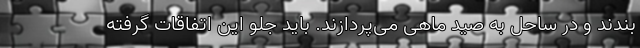
‌بندند و در ساحل به صید ماهی می‌پردازند. باید جلو این اتفاقات گرفته